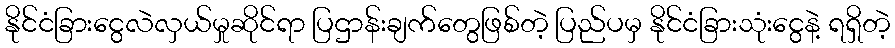
နိုင်ငံခြားငွေလဲလှယ်မှုဆိုင်ရာ ပြဌာန်းချက်တွေဖြစ်တဲ့ ပြည်ပမှ နိုင်ငံခြားသုံးငွေနဲ့ ရရှိတဲ့